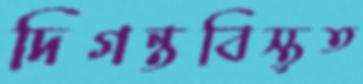
দিগন্তবিস্তৃত